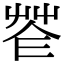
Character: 𦭫